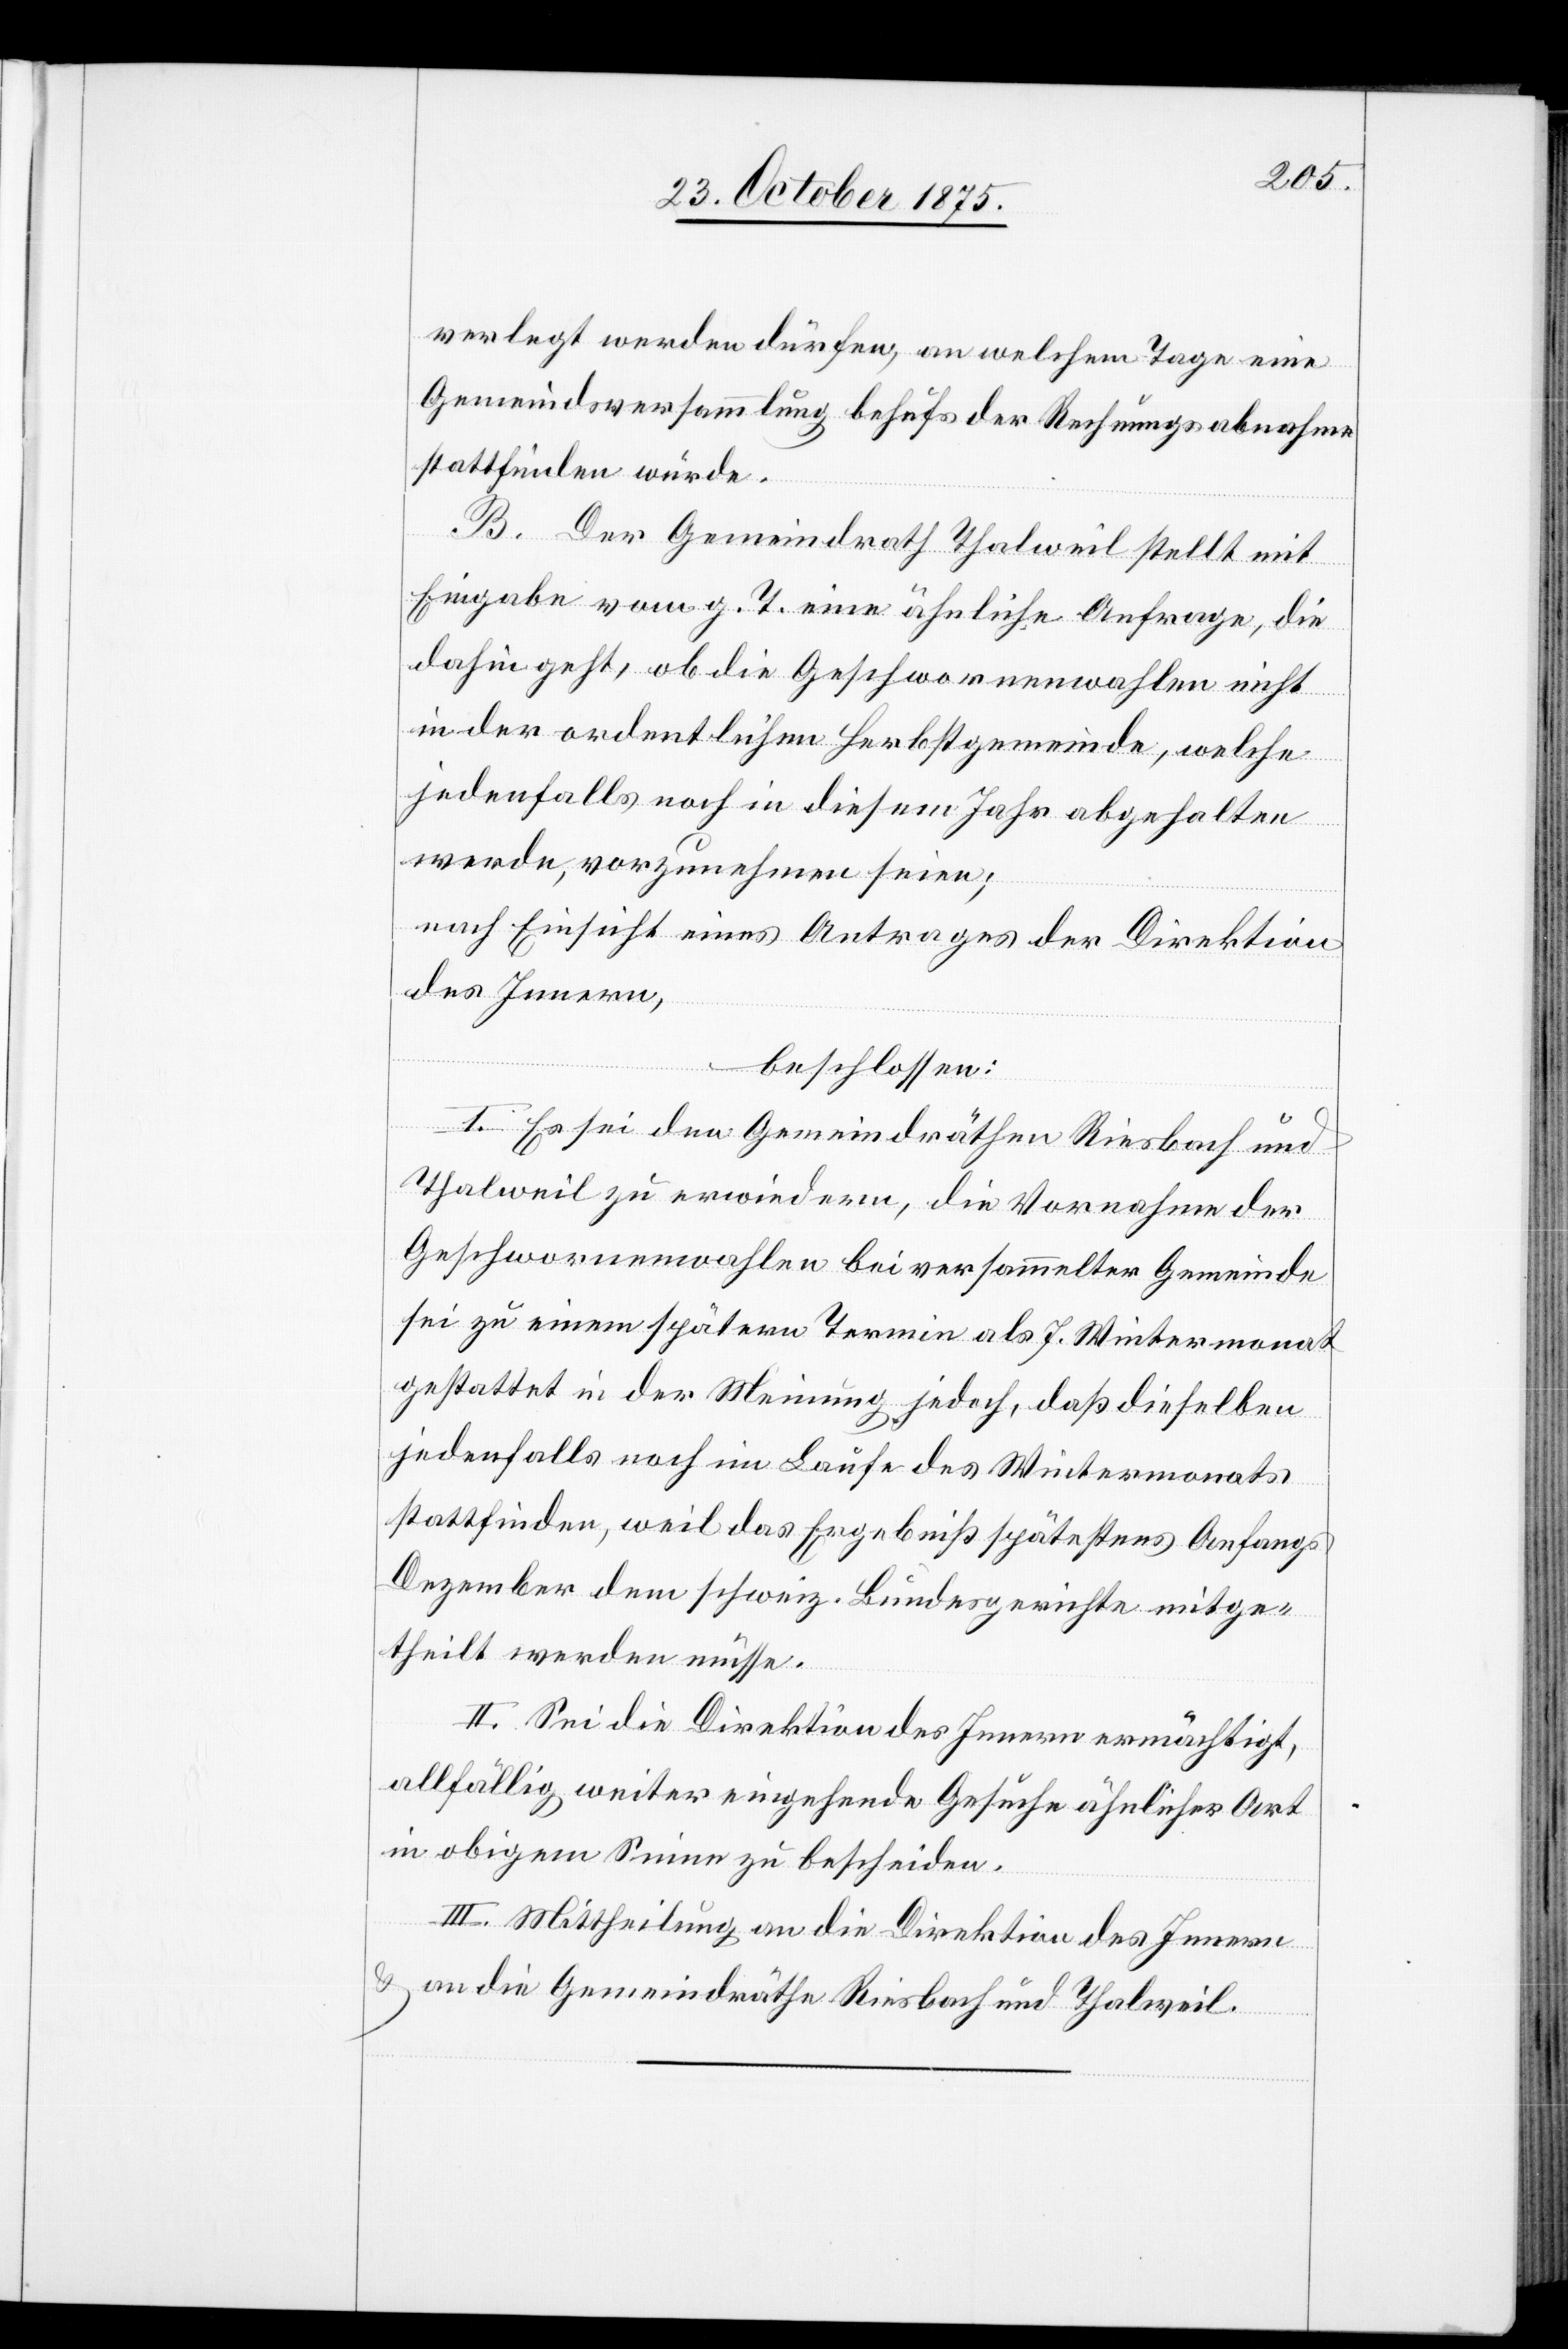
verlegt werden dürfen, an welchem Tage eine
Gemeindsversammlung behufs der Rechnungsabnahme
stattfinden würde.
B. Der Gemeindrath Thalweil stellt mit
Eingabe vom g. T. eine ähnliche Anfrage, die
dahin geht, ob die Geschwornenwahlen nicht
in der ordentlichen Herbstgemeinde, welche
jedenfalls noch in diesem Jahr abgehalten
werde, vorzunehmen seien;
nach Einsicht eines Antrages der Direktion
des Innern,
beschlossen:
I. Es sei den Gemeindräthen Riesbach und
Thalweil zu erwiedern, die Vornahme der
Geschwornenwahlen bei versammelter Gemeinde
sei zu einem spätern Termin als 7. Wintermonat
gestattet in der Meinung jedoch, daß dieselben
jedenfalls noch im Laufe des Wintermonats
stattfinden, weil das Ergebniß spätestens Anfangs
Dezember dem schweiz. Bundesgerichte mitge¬
theilt werden müsse.
II. Sei die Direktion des Innern ermächtigt,
allfällig weiter eingehende Gesuche ähnlicher Art
in obigem Sinne zu bescheiden.
III. Mittheilung an die Direktion des Innern
& an die Gemeindräthe Riesbach und Thalweil.